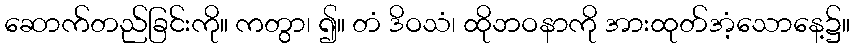
ဆောက်တည်ခြင်းကို။ ကတွာ၊ ၍။ တံ ဒိဝသံ၊ ထိုဘဝနာကို အားထုတ်အံ့သောနေ့၌။